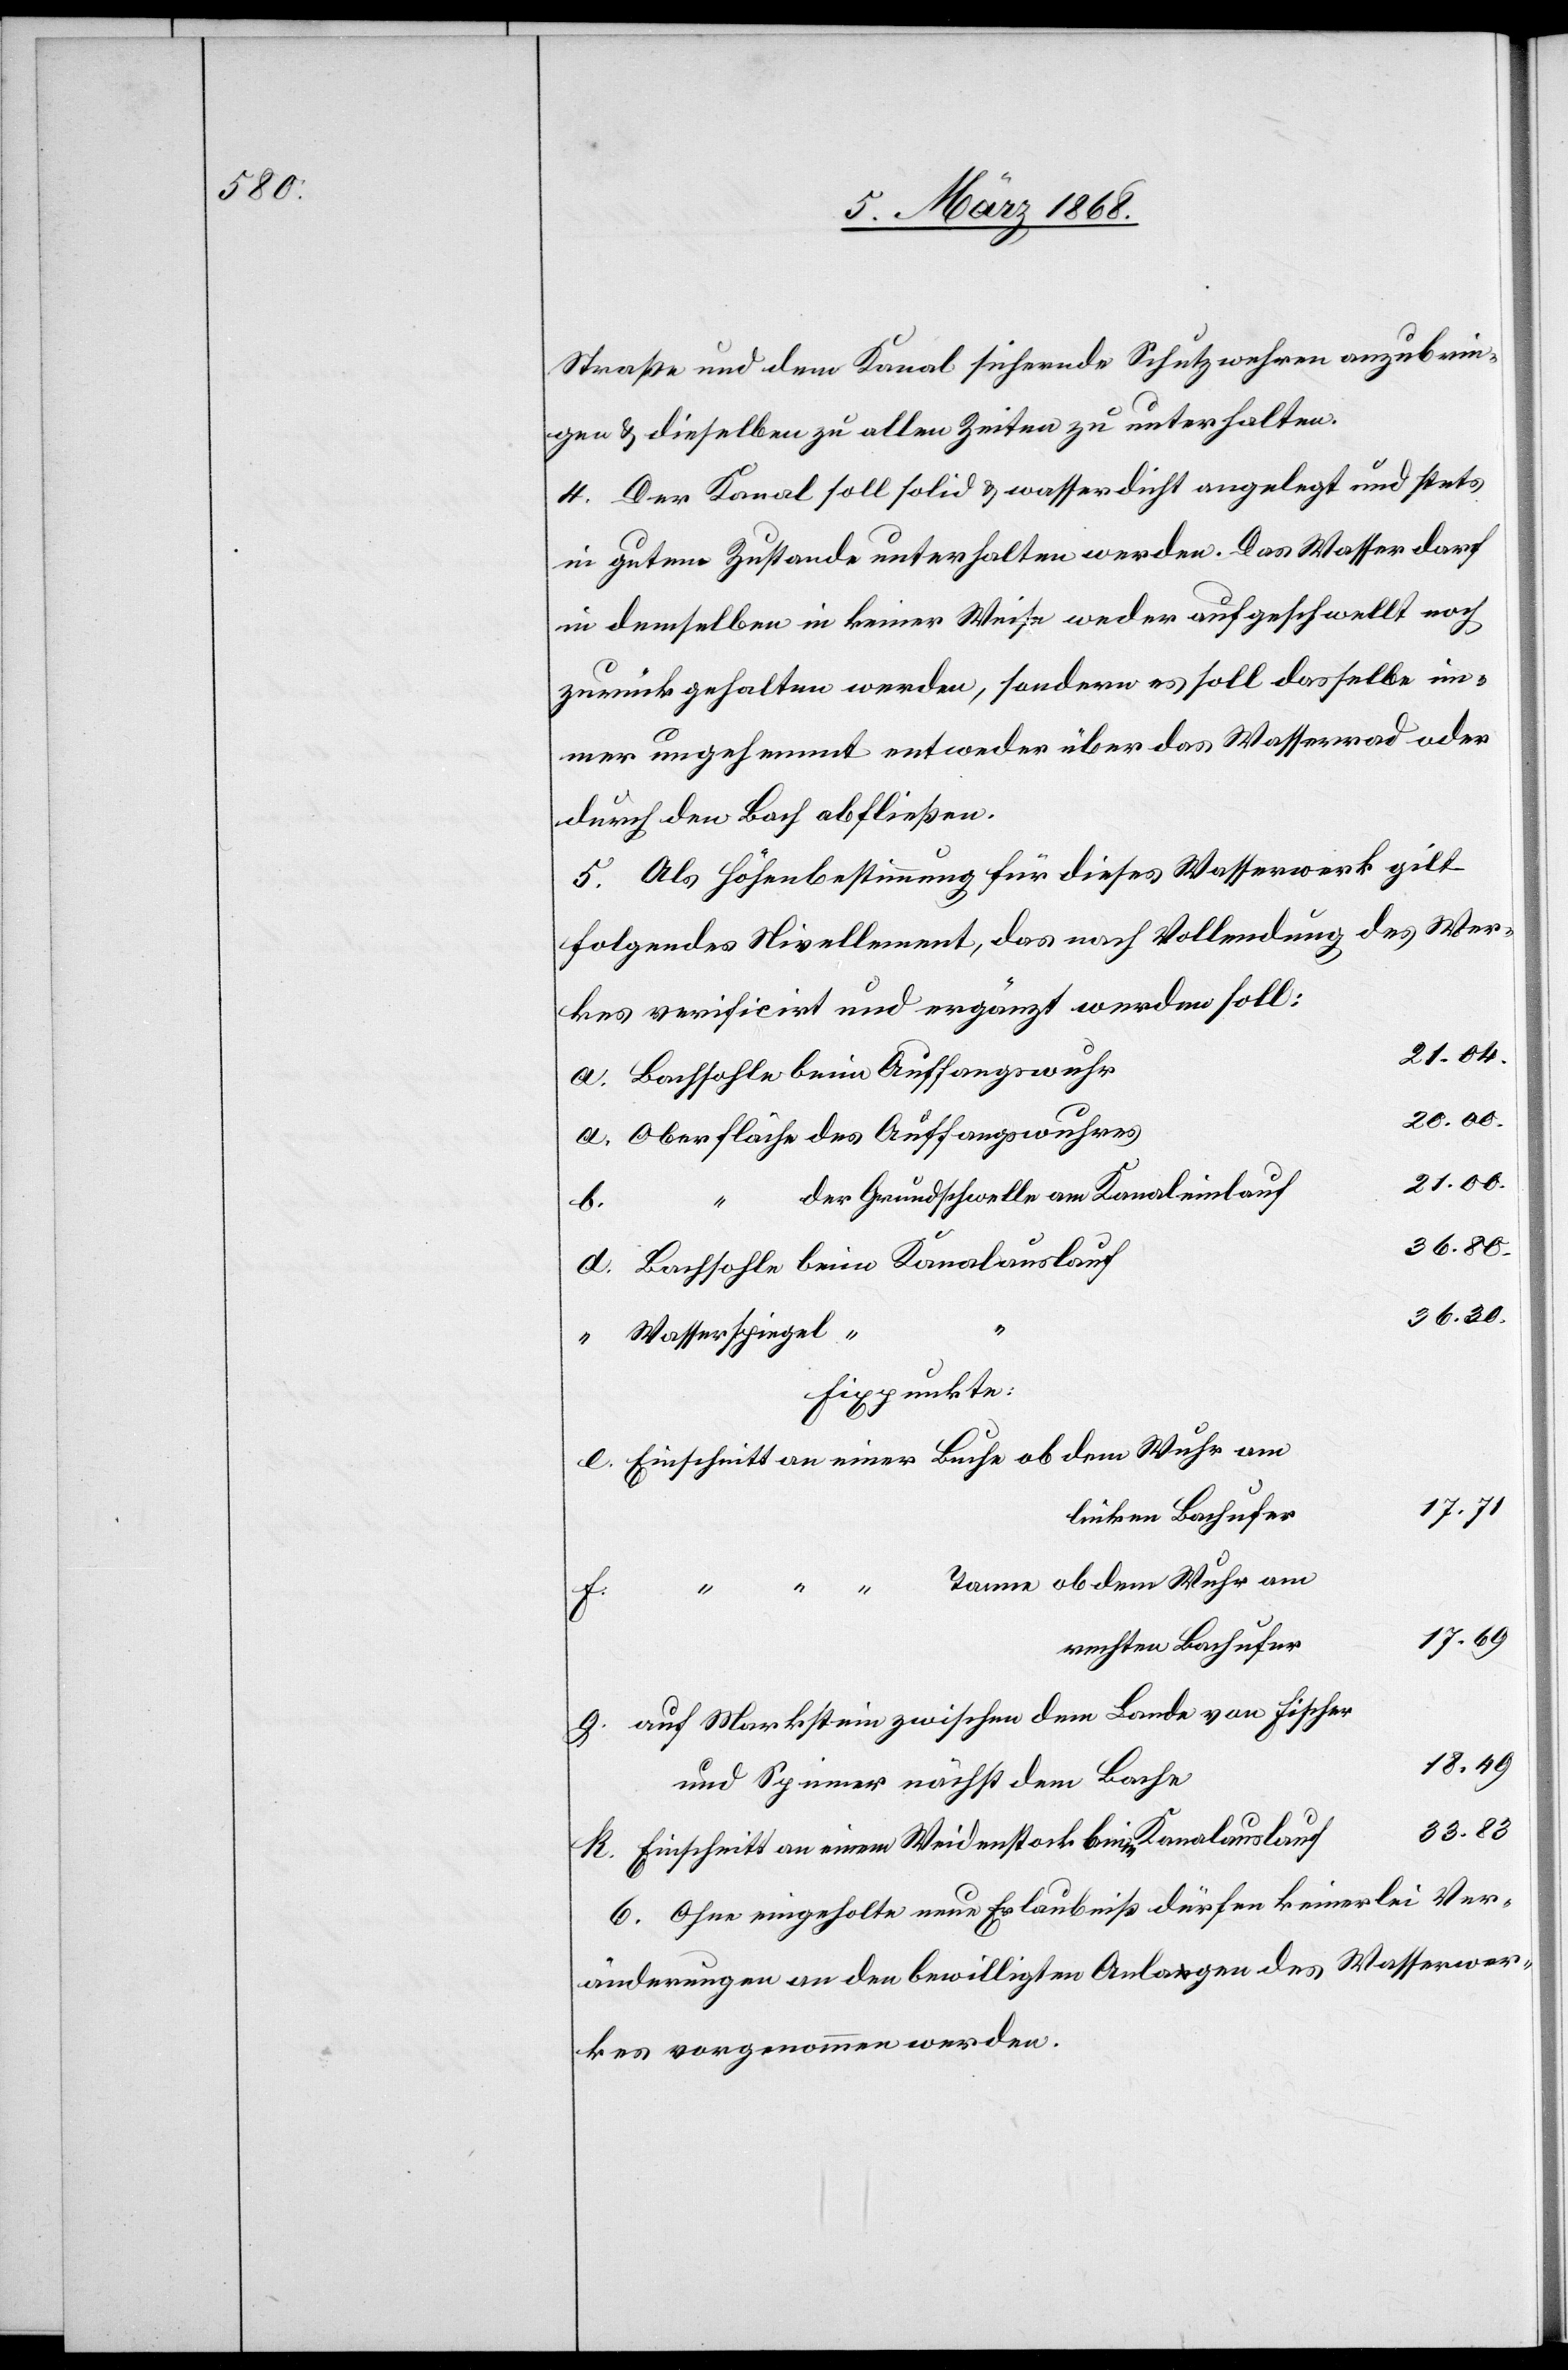
Straße und dem Kanal sichernde Schutzwehren anzubrin¬
gen & dieselben zu allen Zeiten zu unterhalten.
4. Der Kanal soll solid & wasserdicht angelegt und stets
in gutem Zustande unterhalten werden. Das Wasser darf
in demselben in keiner Weise weder aufgeschwellt noch
zurückgehalten werden, sondern es soll dasselbe im¬
mer ungehemmt entweder über das Wasserrad oder
durch den Bach abfließen.
5. Als Höhenbestimmung für dieses Wasserwerk gilt
folgendes Nivellement, das nach Vollendung des Wer¬
kes verificirt und ergänzt werden soll:
21.04.
Bachsohle beim Auffangswuhr
20.00.
Oberfläche des Auffangswuhres
21.00.
“ der Grundschwelle am Kanaleinlauf
b.
Bachsohle beim Kanalauslauf
36.30.
Wasserspiegel
Fixpunkte:
Einschnitt an einer Buche ob dem Wuhr am
linken Bachufer
“ “ Tanne ob dem Wuhr am
k.
17.69
rechten Bachufer
auf Markstein zwischen dem Lande von Fischer
18.49
und Spinner nächst dem Bache
33.83
Einschnitt an einem Weidenstock beim Kanalauslauf
6. Ohne eingeholte neue Erlaubniß dürfen keinerlei Ver¬
änderungen an den bewilligten Anlagen des Wasserwer¬
kes vorgenommen werden.